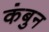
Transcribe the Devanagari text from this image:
कंबुन